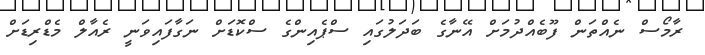
ރާމޯސް ނެއްތަން ފޫބެއްދުމަށް އޭނާގެ ބަދަލުގައި ސްޕެއިންގެ ސްކޮޑަށް ނަގާފައިވަނީ ރެއާލް މެޑްރިޑަށް